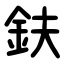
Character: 鈇